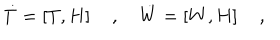
{ \dot { T } } = \left[ T , H \right] \quad , \quad { \dot { W } } = \left[ W , H \right] \quad ,